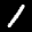
Label: 1